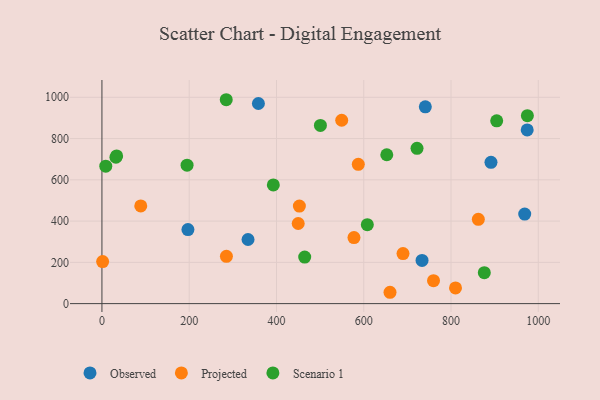
{"axis": {"x": "Speed", "y": "Fuel Efficiency"}, "legend": ["Observed", "Projected", "Scenario 1"], "data": [{"x": "968.9", "y": 433.8, "type": "Observed"}, {"x": "358.6", "y": 970.0, "type": "Observed"}, {"x": "974.6", "y": 841.6, "type": "Observed"}, {"x": "741.1", "y": 953.9, "type": "Observed"}, {"x": "334.8", "y": 310.8, "type": "Observed"}, {"x": "197.1", "y": 358.9, "type": "Observed"}, {"x": "733.6", "y": 209.3, "type": "Observed"}, {"x": "891.6", "y": 684.7, "type": "Observed"}, {"x": "452.5", "y": 472.9, "type": "Projected"}, {"x": "810.3", "y": 76.2, "type": "Projected"}, {"x": "759.9", "y": 111.4, "type": "Projected"}, {"x": "660.2", "y": 55.0, "type": "Projected"}, {"x": "285.3", "y": 229.0, "type": "Projected"}, {"x": "89.0", "y": 473.4, "type": "Projected"}, {"x": "690.0", "y": 242.5, "type": "Projected"}, {"x": "577.6", "y": 320.2, "type": "Projected"}, {"x": "587.5", "y": 675.2, "type": "Projected"}, {"x": "1.6", "y": 203.8, "type": "Projected"}, {"x": "449.8", "y": 388.4, "type": "Projected"}, {"x": "549.5", "y": 888.8, "type": "Projected"}, {"x": "862.6", "y": 408.7, "type": "Projected"}, {"x": "975.0", "y": 911.0, "type": "Scenario 1"}, {"x": "32.1", "y": 709.3, "type": "Scenario 1"}, {"x": "608.2", "y": 382.5, "type": "Scenario 1"}, {"x": "33.7", "y": 715.7, "type": "Scenario 1"}, {"x": "195.1", "y": 670.9, "type": "Scenario 1"}, {"x": "722.1", "y": 752.6, "type": "Scenario 1"}, {"x": "500.7", "y": 863.6, "type": "Scenario 1"}, {"x": "876.3", "y": 149.8, "type": "Scenario 1"}, {"x": "904.7", "y": 885.8, "type": "Scenario 1"}, {"x": "8.8", "y": 666.0, "type": "Scenario 1"}, {"x": "392.8", "y": 575.4, "type": "Scenario 1"}, {"x": "284.9", "y": 988.2, "type": "Scenario 1"}, {"x": "652.8", "y": 721.6, "type": "Scenario 1"}, {"x": "464.7", "y": 225.7, "type": "Scenario 1"}]}